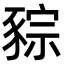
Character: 䝋